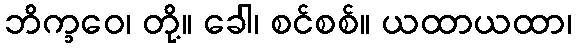
ဘိက္ခဝေ၊ တို့။ ခေါ၊ စင်စစ်။ ယထာယထာ၊